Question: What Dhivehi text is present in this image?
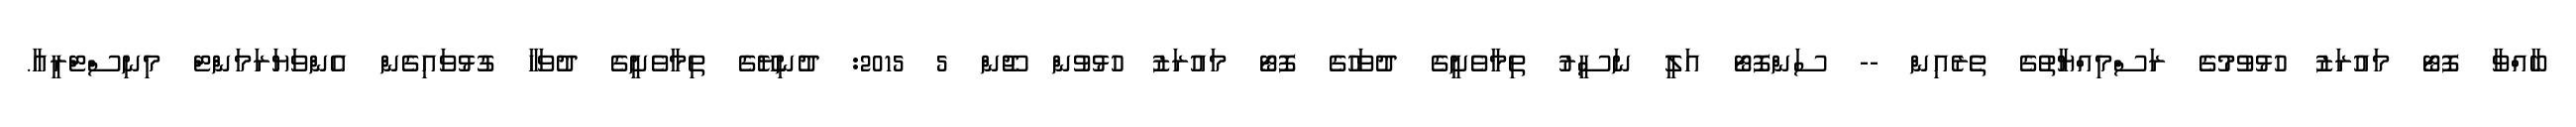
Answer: ބާއްވާ ފޮޓޯ މައުރަޒު ހުޅުވުމުގެ ރަސްމިއްޔާތުގެ ތެރެއިން -- ސަންފޮޓޯ އަލީ ނަސީރު ތިމާވެށީގެ ދުވަހުގެ ފޮޓޯ މައުރަޒު ހުޅުވުން ޖޫން 5 2015: ދުނިޔޭގެ ތިމާވެށީގެ ދުވަހާ ގުޅުވައިގެން އެންވަޔަރަމަންޓް މިނިސްޓްރީއާ.